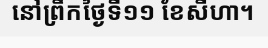
នៅព្រឹកថ្ងៃទី១១ ខែសីហា។